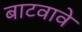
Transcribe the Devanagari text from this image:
बाटवावे